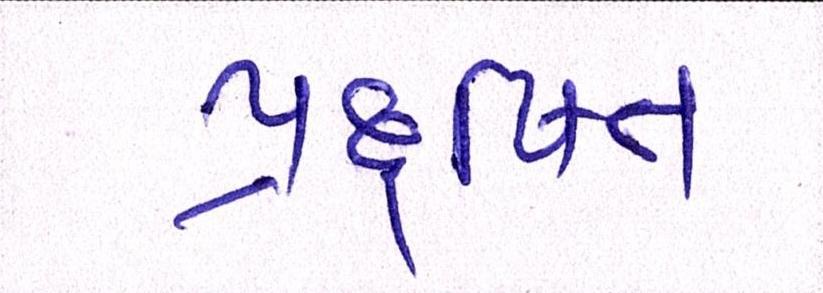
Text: પ્રદુષિત